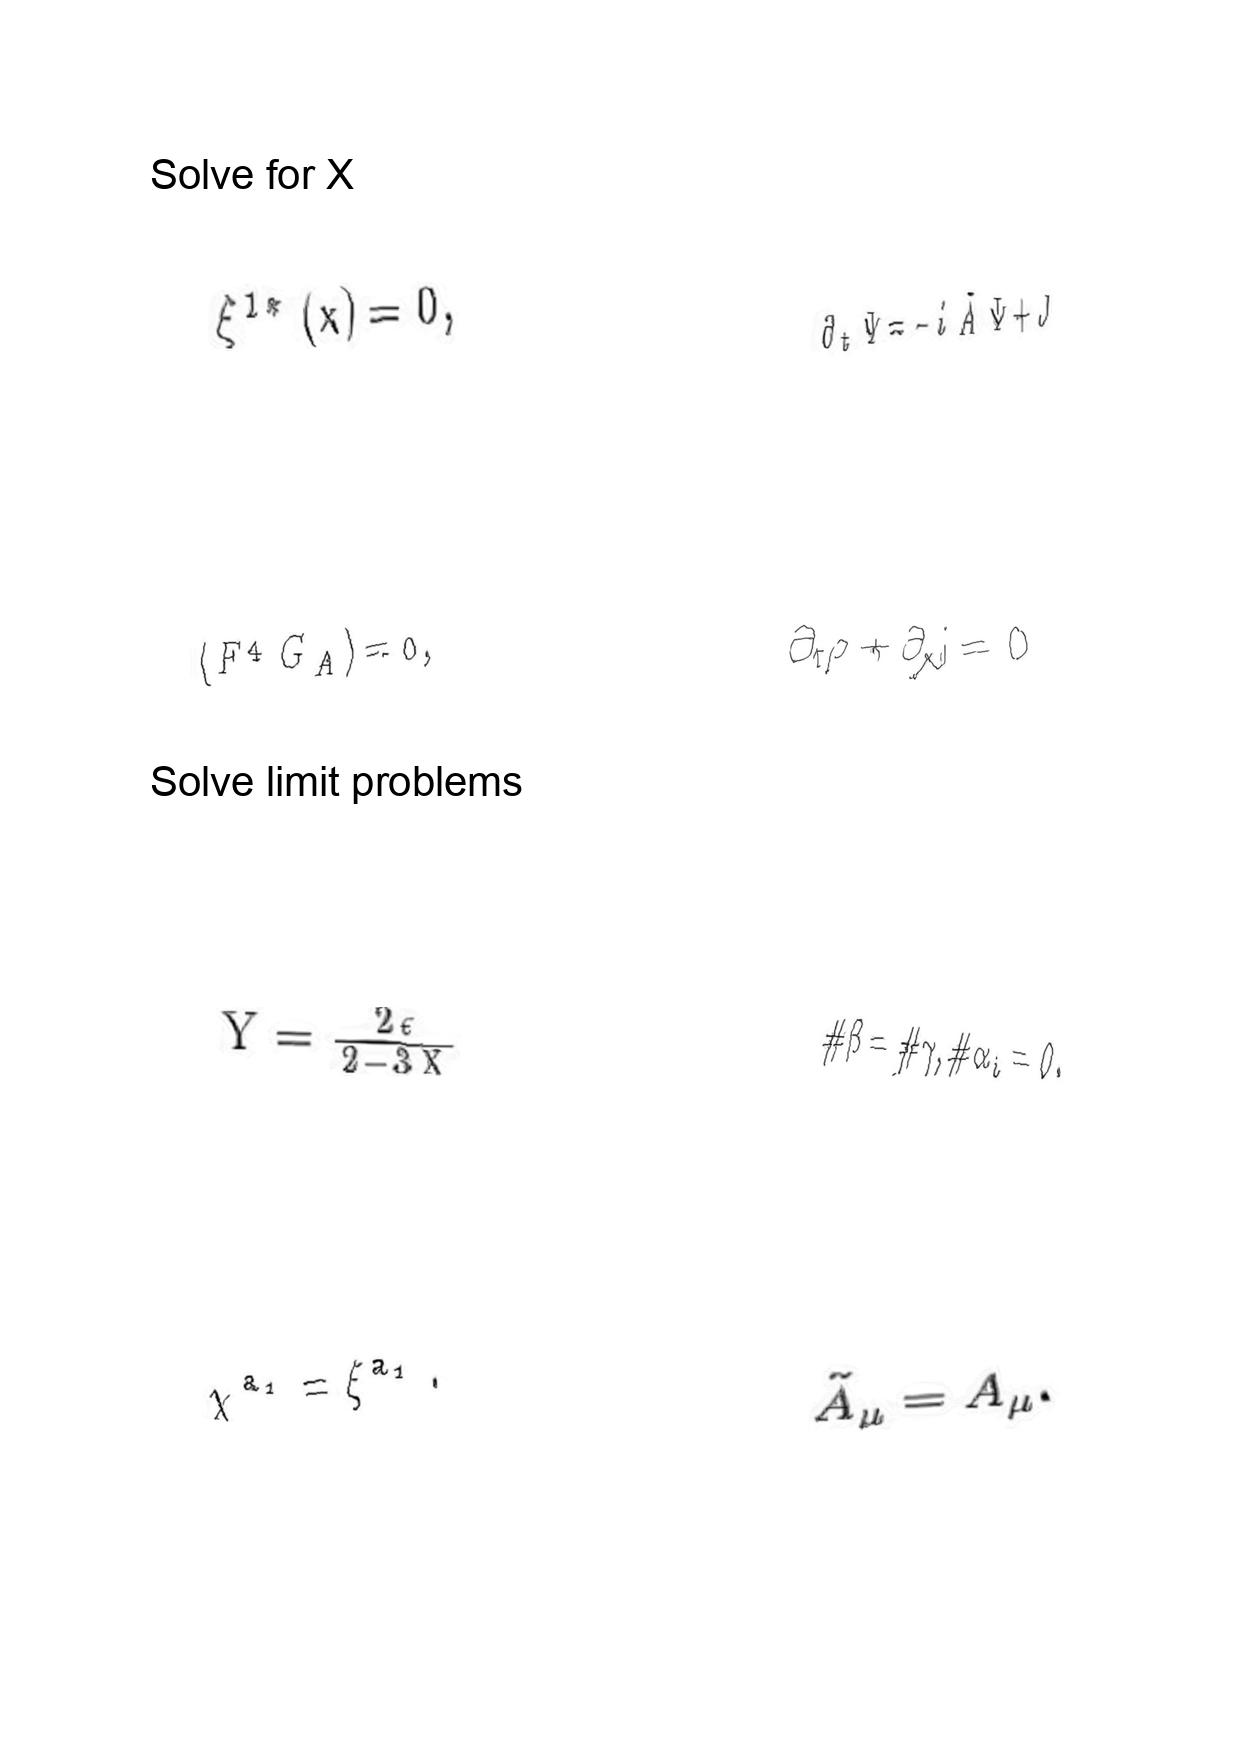
LaTeX transcription:
\xi ^ { 1 \ast } \lparen x \rparen = 0 ,
\langle F ^ { 4 } G _ { A } \rangle = 0 ,
Y = \frac { 2 \epsilon } { 2 - 3 X }
\chi ^ { a _ { 1 } } = \xi ^ { a _ { 1 } } .
\partial _ { t } \Psi = - i \tilde { A } \Psi + J
\partial _ { t } \rho + \partial _ { x } j = 0
\# \beta = \# \gamma , \# \alpha _ { i } = 0 .
\tilde { A } _ { \mu } = A _ { \mu } .